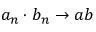
a _ { n } \cdot b _ { n } \to a b